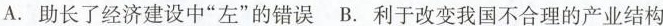
A. 助长了经济建设中“左”的错误 B. 利于改变我国不合理的产业结构